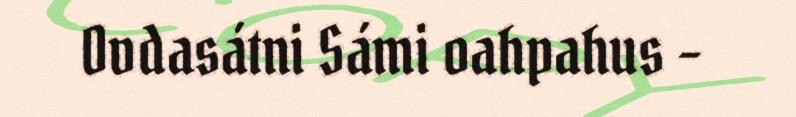
Ovdasátni Sámi oahpahus –